Report on sanitation, dispensaries, and jails in Rajputana for 1910, and on vaccination for the year 1910-1911 - 1910-1911
Year: 1910
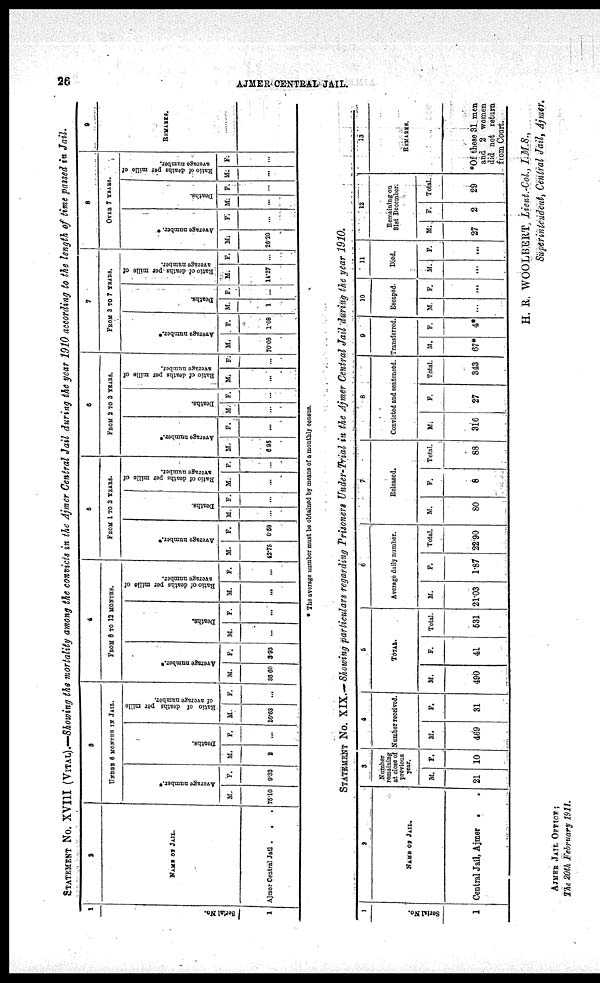
26
AJMER CENTRAL JAIL.
STATEMENT No. XVIII (VITAL).—Showing the mortality among the convicts in the Ajmer Central Jail during the year 1910 according to the length of time passed in Jail.
1
Serial No.
1
2
NAME OF JAIL.
Ajmer Central Jail . . .
3
UNDER 6 MONTHS IN JAIL.
Average number.
M.
75.10
F.
9.33
Deaths.
M.
2
F.
...
.Ratio of deaths per mille
of average number.
M.
26.83
F.
...
4
FROM 6 TO 12 MONTHS.
Average number.
M.
36.60
F.
3.93
Deaths.
M.
...
F.
...
Ratio of deaths per mille of
average number.
M.
...
F.
...
5
FROM 1 TO 2 YEARS.
Average number.
M.
42.76
F.
0.58
Deaths.
M.
...
F.
...
Ratio of deaths per mille of
average number.
M.
...
F.
...
6
FROM 2 TO 3 YEARS.
Average number.
M.
6.95
F.
...
Deaths.
M.
...
F.
...
Ratio of deaths per mille of
average number.
M.
...
F.
...
7
FROM 3 to 7 YEARS.
Average number.
M.
70.08
F.
1.08
Deaths
M.
1
F.
...
Ratio of deaths-per mille of
average number.
M.
14.27
F.
...
8
OVER 7 YEARS.
Average number.
M.
26.20
F.
...
Deaths
M.
...
F.
...
Ratio of deaths per mille of
average number.
M.
...
F.
...
9
REMARKS.
The average number must be obtained by means of a monthly census.
STATEMENT No. XIX.— Showing particulars regarding Prisoners Under-Trial in the Ajmer Central Jail during the year 1910.
1
Serial No.
1
2
NAME OF JAIL.
Central Jail, Ajmer .
.
3
Number
remaining
at close of
previous
year.
M.
21
F.
10
4
Number received.
M.
469
F.
31
5
TOTAL.
M.
490
F.
41
Total.
531
6
Average daily number.
M.
21.03
F.
1.87
Total.
22.90
7
Released.
M.
80
F.
8
Total.
88
8
Convicted and sentenced.
M.
316
F.
27
Total.
343
9
Transferred.
M.
67*
F.
4*
10
Escaped.
M.
...
F.
...
11
Died.
M.
...
F.
...
12
Remaining on
31st December:
M.
27
F.
2
Total.
29
13
REMARKS.
*Of these 31 men
and 2 women
did not return
from Court.
H. R. WOOLBERT Lient.-Col, I.M.S.,
Superintendent, Central Jail, Ajmer.
AJMER JAIL OFFICE;
The 20th February 1911.